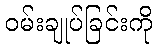
ဝမ်းချုပ်ခြင်းကို